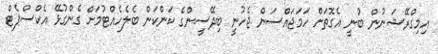
އިމިގްރޭޝަނުން ބުނީ އެގޮތަށް ހަމަޖައްސަން ޖެހުނީ ބިދޭސީންގެ ކަންކަން ބެލެހެއްޓުމަށް ގެންގުޅޭ އެކްސްޕެޓް